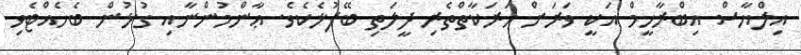
އިލްޔާސް އިބްރާހީމް އަކީ ވަރަށް ހަރަކާތްތެރި ދީލަތި ބޭފުޅެކެވެ. ޢާންމުންނާއި ގުޅުން ބެހެއްޓެވި